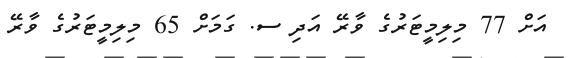
އަށް 77 މިލިމީޓަރުގެ ވާރޭ އަދި ސ. ގަމަށް 65 މިލިމީޓަރުގެ ވާރޭ